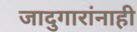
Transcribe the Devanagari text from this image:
जादुगारांनाही